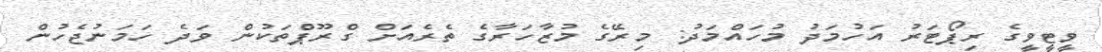
ވީޓީވީގެ ރިޕޯޓަރު އަހުމަދު މުހައްމަދު: މިރޭގެ މުޒާހަރާގެ ތެރެއަށް ގްރޫޕްތަކުން ވަދެ ހަމަނުޖެހުން